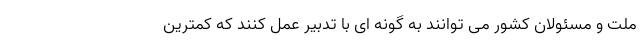
ملت و مسئولان کشور می توانند به گونه ای با تدبیر عمل کنند که کمترین